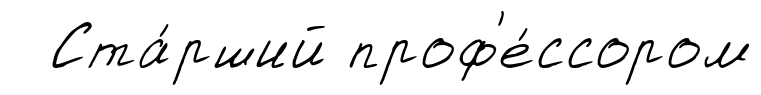
Ста́рший проф'е́ссором